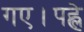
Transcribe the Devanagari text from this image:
गए।पह्ले